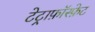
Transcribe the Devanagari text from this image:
टेट्राफ़ॉस्फ़ेट